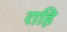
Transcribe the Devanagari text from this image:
राहि